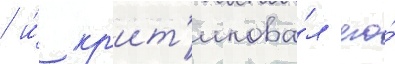
/ и́ кр'ит'икова́л его́